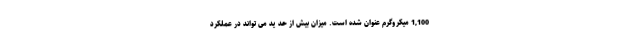
1,100 میکروگرم عنوان شده است. میزان بیش از حد ید می تواند در عملکرد